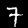
Digit: 7